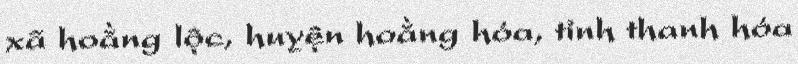
xã hoằng lộc, huyện hoằng hóa, tỉnh thanh hóa